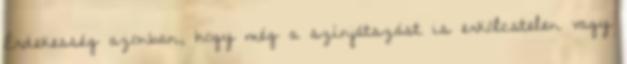
Érdekesség azonban, hogy még a színjátszást is erkölcstelen vagy